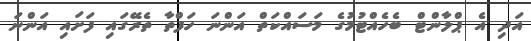
އަދި އެ ޕްލާންޓް ބެހެއްޓުމުގެ މަސައްކަތް އަންނަ ހަފްތާ ތެރޭގައި ފަށައި އަންނަ